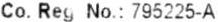
CO. REG NO.: 795225-A